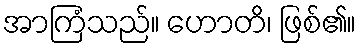
အာကြံသည်။ ဟောတိ၊ ဖြစ်၏။